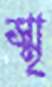
স্মৃ